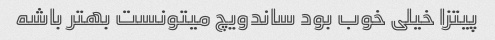
پیتزا خیلی خوب بود ساندویچ میتونست بهتر باشه